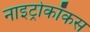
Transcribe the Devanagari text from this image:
नाइट्रोकॉकस